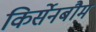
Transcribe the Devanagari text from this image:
किर्सेनबौम